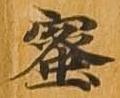
蜜